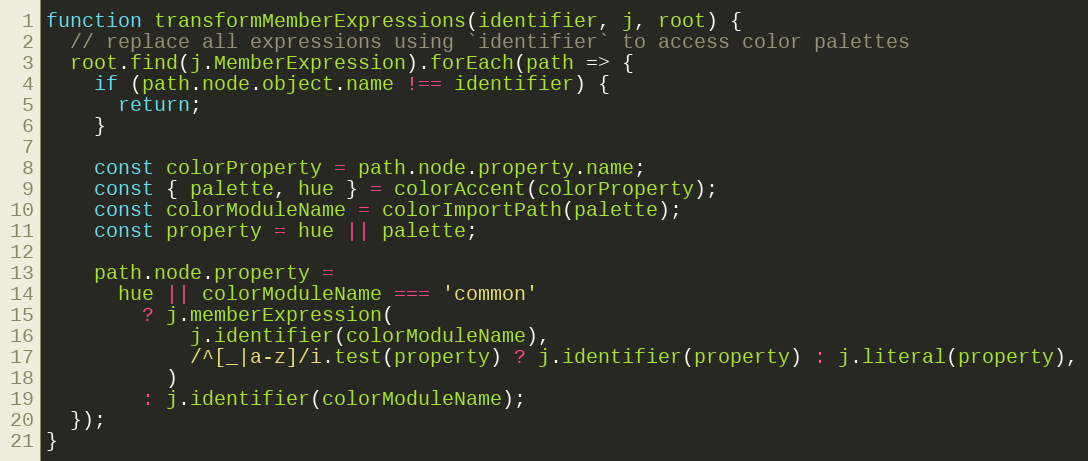
Language: JavaScript
function transformMemberExpressions(identifier, j, root) {
  // replace all expressions using `identifier` to access color palettes
  root.find(j.MemberExpression).forEach(path => {
    if (path.node.object.name !== identifier) {
      return;
    }

    const colorProperty = path.node.property.name;
    const { palette, hue } = colorAccent(colorProperty);
    const colorModuleName = colorImportPath(palette);
    const property = hue || palette;

    path.node.property =
      hue || colorModuleName === 'common'
        ? j.memberExpression(
            j.identifier(colorModuleName),
            /^[_|a-z]/i.test(property) ? j.identifier(property) : j.literal(property),
          )
        : j.identifier(colorModuleName);
  });
}